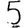
Digit: 5